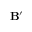
\mathbf { B ^ { \prime } }